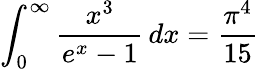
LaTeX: \int_{0}^{\infty}{\frac{x^{3}}{e^{x}-1}}\, dx={\frac{\pi^{4}}{15}}